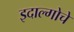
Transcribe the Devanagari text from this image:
इदाल्गोचे